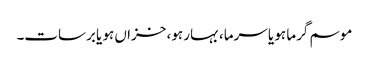
موسم گرما ہو یا سرما، بہار ہو، خزاں ہو یا برسات۔